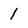
Character: 1